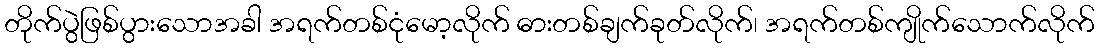
တိုက်ပွဲဖြစ်ပွားသောအခါ အရက်တစ်ငုံမော့လိုက် ဓားတစ်ချက်ခုတ်လိုက်၊ အရက်တစ်ကျိုက်သောက်လိုက်